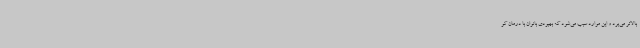
بالاتر می‌برد و این موارد سبب می‌شود که بهبودی بانوان با درمان کو